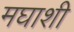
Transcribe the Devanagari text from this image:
मघाशी